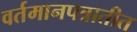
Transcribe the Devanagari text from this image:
वर्तमानपत्रातीत